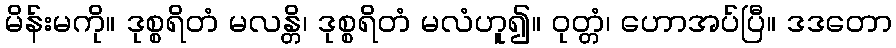
မိန်းမကို။ ဒုစ္စရိတံ မလန္တိ၊ ဒုစ္စရိတံ မလံဟူ၍။ ဝုတ္တံ၊ ဟောအပ်ပြီ။ ဒဒတော